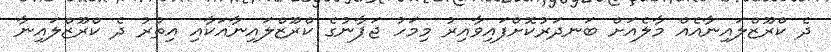
ދެ ކްރޫޒްލައިނާއެއް މާލެއަށް ބަނދަރުކޮށްފައިވާއިރު މިމަހު ޖަޕާނުގެ ކްރޫޒްލައިނާއަކާއި އިތުރު ދެ ކްރޫޒްލައިނާ